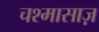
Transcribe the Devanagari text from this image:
चश्मासाज़